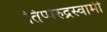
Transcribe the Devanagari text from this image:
तिप्पेरुद्रस्वामी